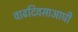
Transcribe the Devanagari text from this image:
वाढदिवसाआधी